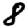
Digit: 8